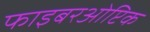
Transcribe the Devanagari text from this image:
फाइबरओप्टिक